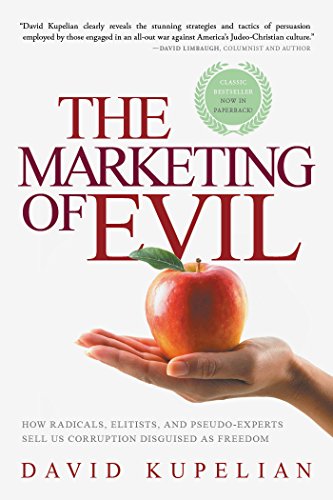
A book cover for The Marketing of Evil: How Radicals, Elitists, and Pseudo-Experts Sell Us Corruption Disguised As Freedom; David Kupelian; Politics & Social Sciences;